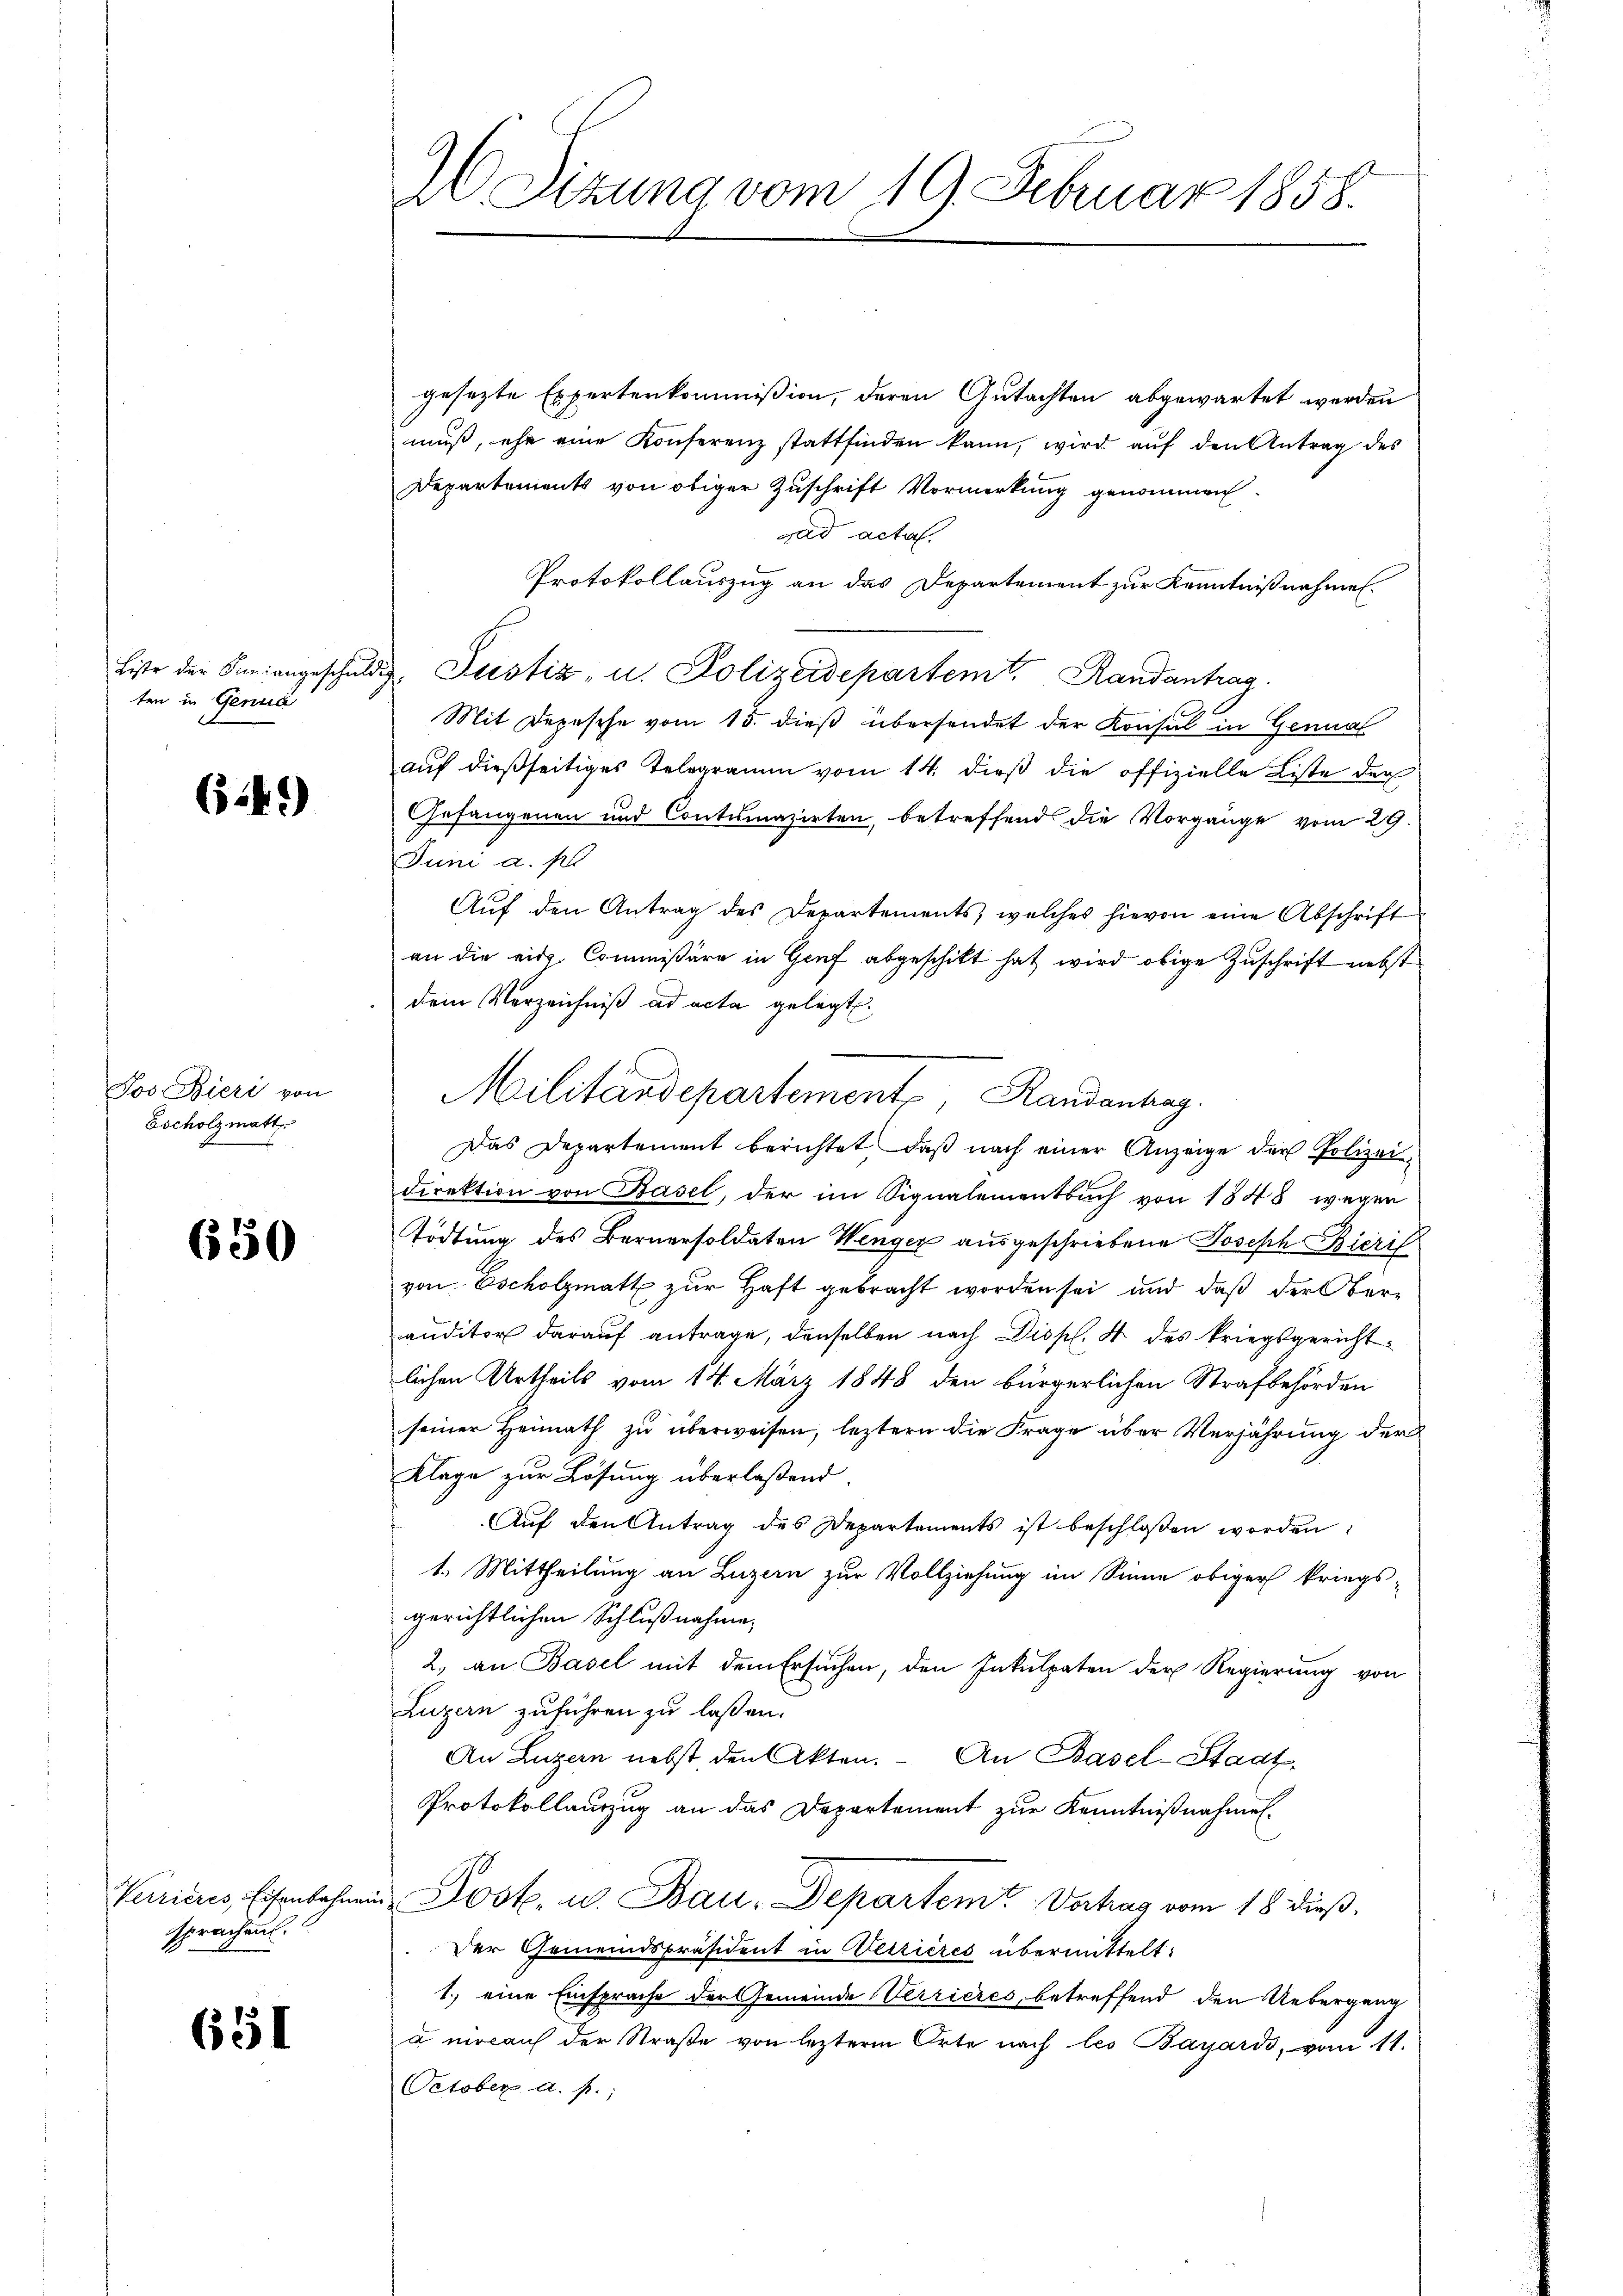
Liste der Finangeschuldi
ten in Genua

64.)

Jos Bieri von
Escholzmatt

650

Verrieres, Eisenbahner
sprachen.

651

A Sitzung vom 19. Februar 1858.

gesezte Expertenkommißion, deren Gutachten abgewartet werden
muß, ehe eine Konferenz stattfinden kann, wird auf den Antrag des
Departements von obiger Zuschrift Vormerkung genommen.
ad acta.
Protokollauszug an das Departement zur Kenntnißnahmen.
u. Justiz- u. Polizeidepartemt. Randantrag
Mit Depesche vom 15. dieß übersendet der Konsul in Genual
auf dießseitiges Telegramm vom 14. dieß die offizielle Liste der
Gefangenen und Contumazirten, betreffend die Vorgänge vom 29.
Juni a. p.
Auf den Antrag des Departements, welches hievon eine Abschrift
an die eid. Commißäre in Genf abgeschikt hat wird obige Zuschrift nebst
dem Verzeichniß ad acta gelegt.
Das Departement berichtet, daß nach einer Anzeige der Polizeidirektion von Basel, der im Signalementsuch von 1848 wegen
Tödtung des Bernersoldaten Wenger ausgeschriebene Joseph Bieris
von Escholzmatt zur Haft gebracht worden sei und daß der Oberauditor darauf antrage, denselben nach Disp. 4 des kriegsgerichtlichen Urtheils vom 14. März 1848 den bürgerlichen Strafbehörden
seiner Heimath zu überweisen, leztern die Frage über Verjährung der
Klage zur Lösung überlaßend
Aŭf den Antrag des Departements ist beschloßen worden:
1. Mittheilung an Luzern zur Vollziehung im Sinne obiger kriegs-
gerichtlichen Schlußnahme,
2. an Basel mit dem Ersuchen, den Inkulpaten der Regierung von
Luzern zuführen zu lassen.
An Luzern nebst den Akten. An Basel-Stadt,
Protokollauszug an das Departement zur Kenntnißnahmen.
Post. u. Bau. Departem Verhag vom 18. dieß.
Der Gemeindspräsident in Verrières übermittelt:
1.) eine Einsprache der Gemeinde Verrieres, betreffend den Uebergang
u mocan der Straße von lezterm Orte nach les Bayards, vom 11.
October a. p.

Militärdepartement, Randanhag